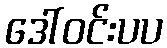
ဒေါ်ဝင်းပပ